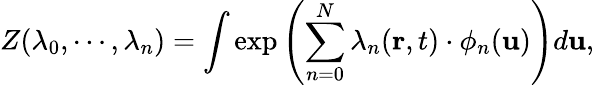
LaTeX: Z(\lambda_{0},\cdots,\lambda_{n})=\int\exp{\left(\sum_{n=0}^{N}\lambda_{n}(\mathbf{r},t)\cdot\phi_{n}(\mathbf{u})\right)}d\mathbf{u},